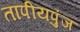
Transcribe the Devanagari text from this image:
तापीयपुंज